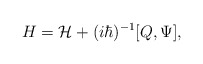
\begin{align*}H={\cal H}+(i\hbar)^{-1}[Q,\Psi],\end{align*}